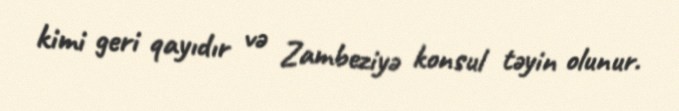
kimi geri qayıdır və Zambeziyə konsul təyin olunur.